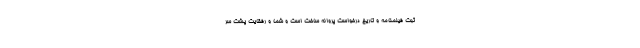
ثبت فیلمنامه و تاریخ درخواست پروانه ساخت است و شما و رفقایت پشت سر